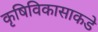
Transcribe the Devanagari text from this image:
कृषिविकासाकडे